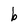
Character: b